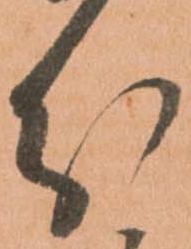
分